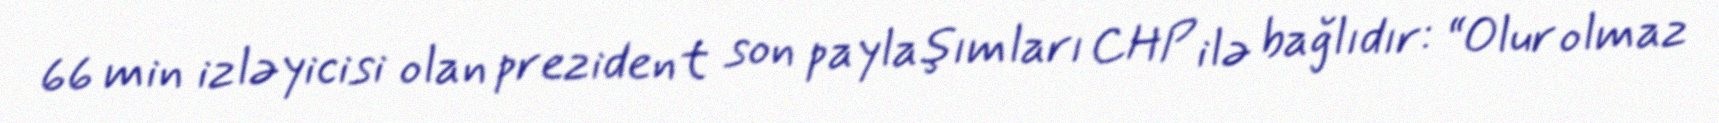
66 min izləyicisi olan prezident son paylaşımları CHP ilə bağlıdır: “Olur olmaz